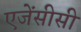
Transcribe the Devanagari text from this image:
एजेंसीसी